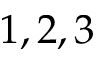
1 , 2 , 3